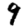
Digit: 9